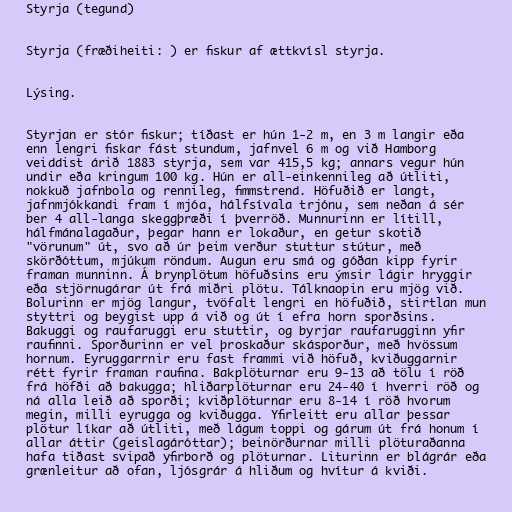
Styrja (tegund)

Styrja (fræðiheiti: ) er fiskur af ættkvísl styrja.

Lýsing.

Styrjan er stór fiskur; tíðast er hún 1-2 m, en 3 m langir eða
enn lengri fiskar fást stundum, jafnvel 6 m og við Hamborg
veiddist árið 1883 styrja, sem var 415,5 kg; annars vegur hún
undir eða kringum 100 kg. Hún er all-einkennileg að útliti,
nokkuð jafnbola og rennileg, fimmstrend. Höfuðið er langt,
jafnmjókkandi fram í mjóa, hálfsívala trjónu, sem neðan á sér
ber 4 all-langa skeggþræði í þverröð. Munnurinn er lítill,
hálfmánalagaður, þegar hann er lokaður, en getur skotið
"vörunum" út, svo að úr þeim verður stuttur stútur, með
skörðóttum, mjúkum röndum. Augun eru smá og góðan kipp fyrir
framan munninn. Á brynplötum höfuðsins eru ýmsir lágir hryggir
eða stjörnugárar út frá miðri plötu. Tálknaopin eru mjög við.
Bolurinn er mjög langur, tvöfalt lengri en höfuðið, stirtlan mun
styttri og beygist upp á við og út í efra horn sporðsins.
Bakuggi og raufaruggi eru stuttir, og byrjar raufarugginn yfir
raufinni. Sporðurinn er vel þroskaður skásporður, með hvössum
hornum. Eyruggarrnir eru fast frammi við höfuð, kviðuggarnir
rétt fyrir framan raufina. Bakplöturnar eru 9-13 að tölu í röð
frá höfði að bakugga; hliðarplöturnar eru 24-40 í hverri röð og
ná alla leið að sporði; kviðplöturnar eru 8-14 í röð hvorum
megin, milli eyrugga og kviðugga. Yfirleitt eru allar þessar
plötur líkar að útliti, með lágum toppi og gárum út frá honum í
allar áttir (geislagáróttar); beinörðurnar milli plöturaðanna
hafa tiðast svipað yfirborð og plöturnar. Liturinn er blágrár eða
grænleitur að ofan, ljósgrár á hliðum og hvítur á kviði.